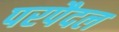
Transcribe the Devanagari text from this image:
परपैदल